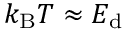
k _ { \mathrm { B } } T \approx E _ { \mathrm { d } }